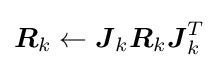
{{\boldsymbol {R}}_{k}}\leftarrow {{\boldsymbol {J}}_{k}}{{\boldsymbol {R}}_{k}}{{\boldsymbol {J}}_{k}^{T}}